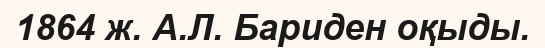
1864 ж. А.Л. Бариден оқыды.